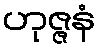
ဟုဇ္ဇနံ